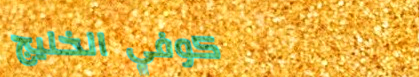
كوفي الخليج